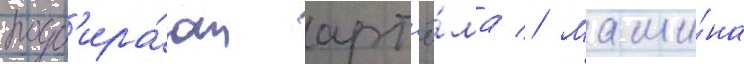
подб'ира́ют арт'ё́ма // Маши́на